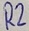
Text: R2